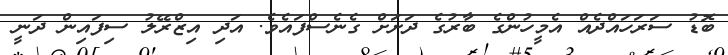
ބޮޑު ސަރަހައްދެއް އެމީހުންގެ ބާރުގެ ދަށަށް ގެނެސްފައެވެ. އަދި އިޒްރޭލު ސިފައިން ދަނީ